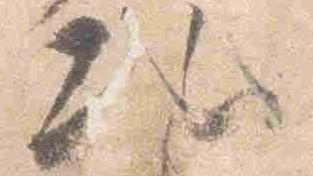
次